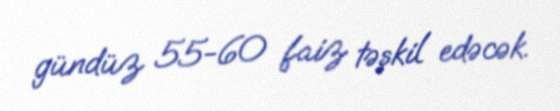
gündüz 55-60 faiz təşkil edəcək.